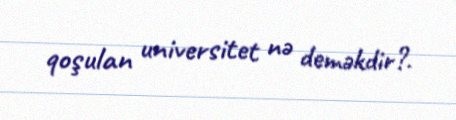
qoşulan universitet nə deməkdir?.